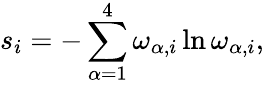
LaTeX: s_{i}=-\sum_{\alpha=1}^{4}\omega_{\alpha,i}\ln\omega_{\alpha,i},